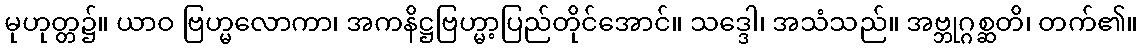
မုဟုတ္တ၌။ ယာဝ ဗြဟ္မလောကာ၊ အကနိဋ္ဌဗြဟ္မာ့ပြည်တိုင်အောင်။ သဒ္ဒေါ၊ အသံသည်။ အဗ္ဘုဂ္ဂစ္ဆတိ၊ တက်၏။